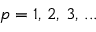
p = 1 , \, 2 , \, 3 , \, . . .